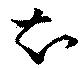
知